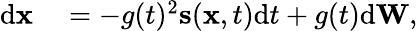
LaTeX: \begin{array}{rl}{\mathrm{d}\mathbf{\boldsymbol{x}}}&{{}=-g(t)^{2}\mathbf{\boldsymbol{s}}(\mathbf{\boldsymbol{x}},t)\mathrm{d}t+g(t)\mathrm{d}\mathbf{\boldsymbol{W}},}\end{array}